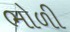
ભોળી